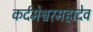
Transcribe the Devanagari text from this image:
कर्दमेश्वरमहादेव